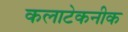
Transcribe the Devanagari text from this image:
कलाटेकनीक